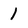
Character: 1